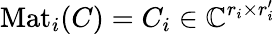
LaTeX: \mathrm{Mat}_{i}(C)=C_{i}\in\mathbb{C}^{r_{i}\times r_{i}^{\prime}}